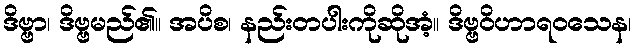
ဒိဗ္ဗာ၊ ဒိဗ္ဗမည်၏။ အပိစ၊ နည်းတပါးကိုဆိုအံ့။ ဒိဗ္ဗဝိဟာရဝသေန၊